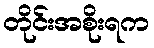
တိုင်းအစိုးရက